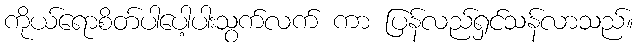
ကိုယ်ရောစိတ်ပါပေါ့ပါးသွက်လက် ကာ ပြန်လည်ရှင်သန်လာသည်။